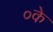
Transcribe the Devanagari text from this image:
०के